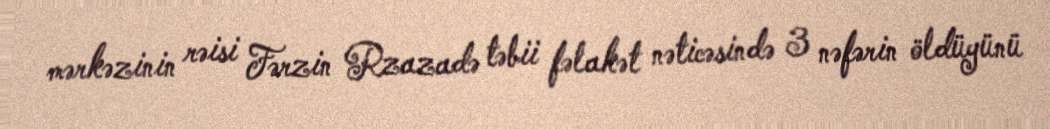
mərkəzinin rəisi Fərzin Rzazadə təbii fəlakət nəticəsində 3 nəfərin öldüyünü